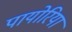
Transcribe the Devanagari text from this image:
पायोरिया